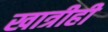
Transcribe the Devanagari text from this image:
खात्रीही